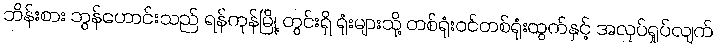
ဘိန်းစား ဘွန်ဟောင်းသည် ရန်ကုန်မြို့ တွင်းရှိ ရုံးများသို့ တစ်ရုံးဝင်တစ်ရုံးထွက်နှင့် အလုပ်ရှုပ်လျက်